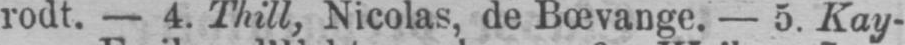
rodt. - 4. Thill, Nicolas, de Bœvange. - 5. Kay-